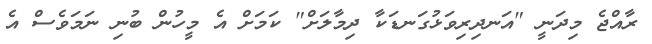
ރާއްޖެ މިދަނީ "އަނދިރިވަޅުގަނޑަކާ ދިމާލަށް" ކަމަށް އެ މީހުން ބުނި ނަމަވެސް އެ